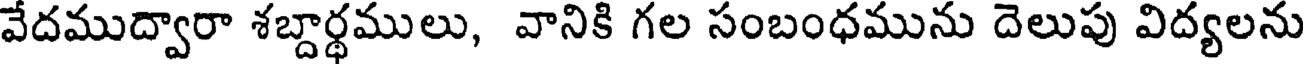
వేదముద్వారా శబ్దార్థములు, వానికి గల సంబంధమును దెలుపు విద్యలను